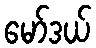
မော်ဒယ်